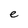
Character: e